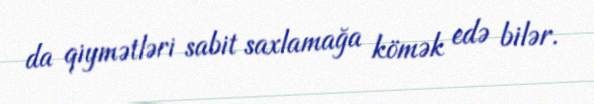
da qiymətləri sabit saxlamağa kömək edə bilər.